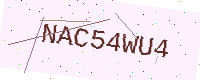
Text: NAC54WU4